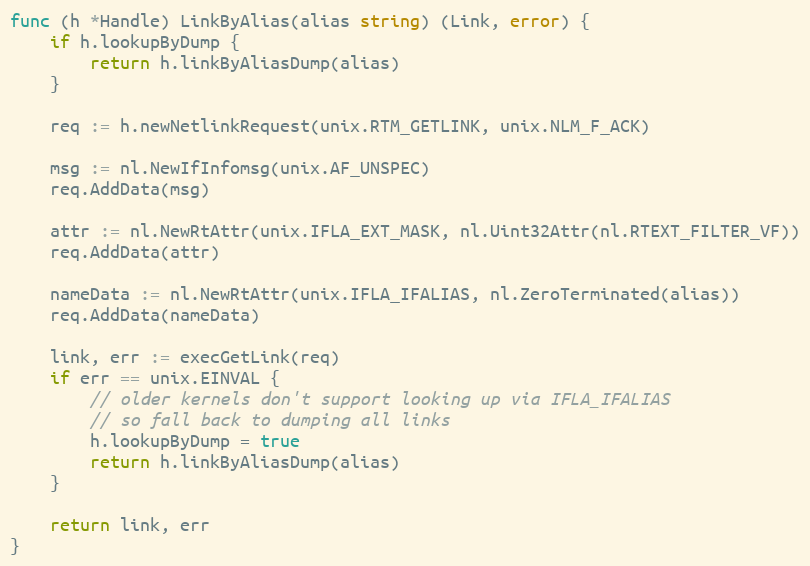
Language: Go
func (h *Handle) LinkByAlias(alias string) (Link, error) {
	if h.lookupByDump {
		return h.linkByAliasDump(alias)
	}

	req := h.newNetlinkRequest(unix.RTM_GETLINK, unix.NLM_F_ACK)

	msg := nl.NewIfInfomsg(unix.AF_UNSPEC)
	req.AddData(msg)

	attr := nl.NewRtAttr(unix.IFLA_EXT_MASK, nl.Uint32Attr(nl.RTEXT_FILTER_VF))
	req.AddData(attr)

	nameData := nl.NewRtAttr(unix.IFLA_IFALIAS, nl.ZeroTerminated(alias))
	req.AddData(nameData)

	link, err := execGetLink(req)
	if err == unix.EINVAL {
		// older kernels don't support looking up via IFLA_IFALIAS
		// so fall back to dumping all links
		h.lookupByDump = true
		return h.linkByAliasDump(alias)
	}

	return link, err
}